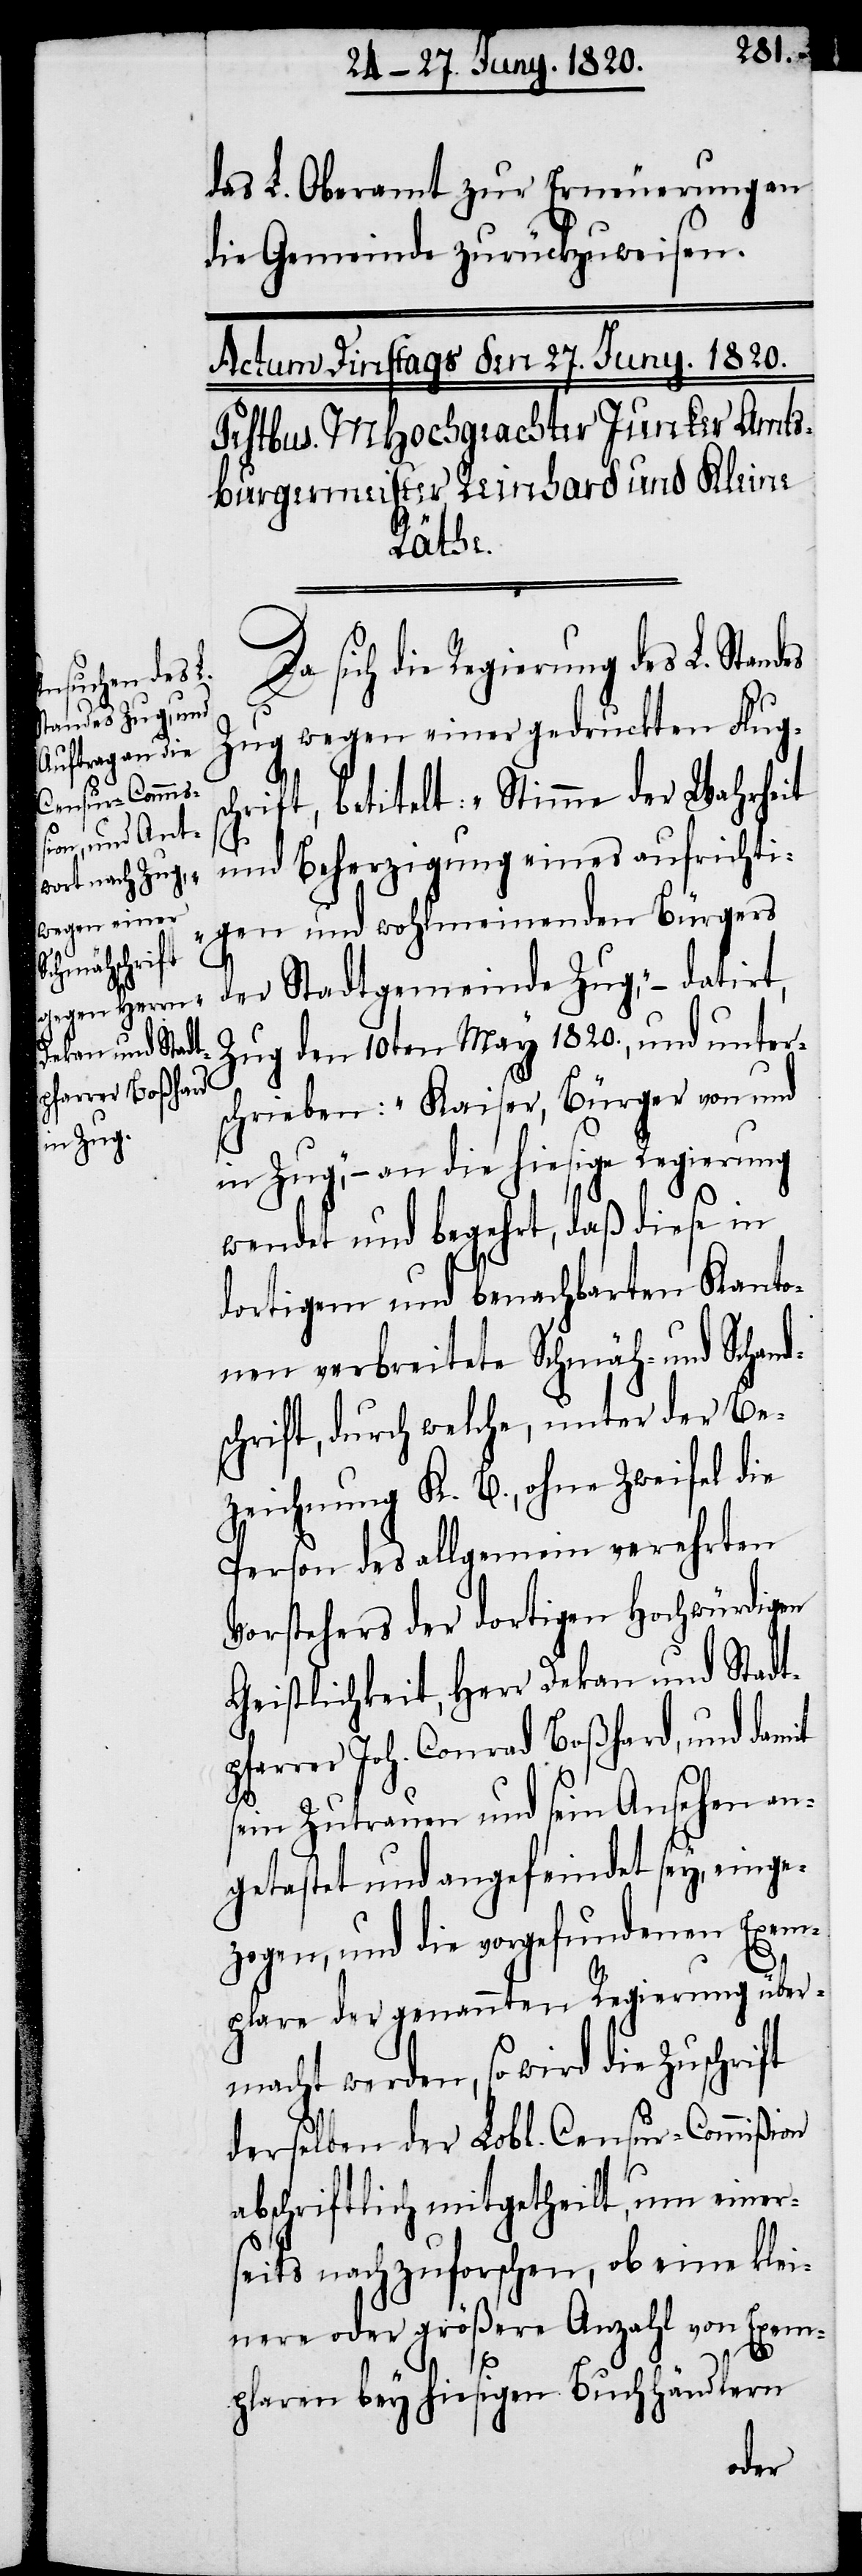
Zuschrift

das L. Oberamt zur Erneuerung an
die Gemeinde zurückgewiesen.
Da sich die Regierung des L. Stan¬
Zug wegen einer gedruckten Flugs¬
chrift, betitelt: „Stimme der Wahrheit
und Beherzigung eines aufrichti¬
gen und wohlmeinenden Bürgers
der Stadtgemeinde Zug“, – datirt,
Zug den 10ten May 1820., und unter¬
schrieben. „Kaiser, Bürger von und
in Zug“, – an die hiesige Regierung
wendet und begehrt, daß diese in
dortigem und benachbarten Kanto¬
nen verbreitete Schmäh- und Schand¬
schrift, durch welche, unter der Be¬
zeichnung K. B., ohne Zweifel die
Person des allgemein verehrten
Vorstehers der dortigen Hochwürdigen
Geistlichkeit, Herr Dekan und Stadt¬
pfarrer Joh. Conrad Boßhard, und damit
sein Zutrauen und sein Ansehen an¬
getastet und angefeindet sey, einge¬
zogen, und die vorgefundenen Exem¬
plare der genannten Regierung über¬
macht werden, so wird die
derselben der Lobl. Censur-Commiβion
abschriftlich mitgetheilt, um einer¬
seits nachzuforschen, ob eine klei¬
nere oder größere Anzahl von Exem¬
plaren bey hiesigen Buchhändlern
des